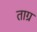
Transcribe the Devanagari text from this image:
ताग्र